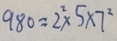
9 8 0 = 2 ^ { 2 } \times 5 \times 7 ^ { 2 }